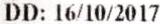
DD: 16/10/2017